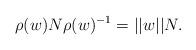
LaTeX: \begin{align*} \rho(w)N \rho(w)^{-1} = ||w|| N. \end{align*}